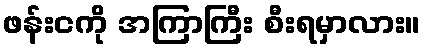
ဖန်းငကို အကြာကြီး စီးရမှာလား။